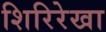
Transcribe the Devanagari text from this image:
शिरिरेखा